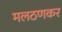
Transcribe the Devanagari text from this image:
मलठणकर